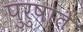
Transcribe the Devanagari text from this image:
पुरुषाते